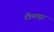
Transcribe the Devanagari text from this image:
टीमव्यूर